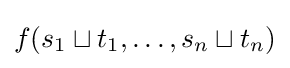
f(s_{1}\sqcup t_{1},\ldots ,s_{n}\sqcup t_{n})